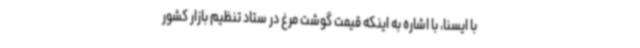
با ایسنا، با اشاره به اینکه قیمت گوشت مرغ در ستاد تنظیم بازار کشور